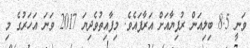
ވަނީ 8.5 ބިލިއަން ރުފިޔާއަށް އަރާފައެވެ. މިފާއިތުވެދިޔަ 2017 ވަނަ އަހަރުގެ މި